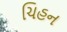
ચિહન